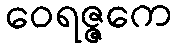
ဝေရဇ္ဇကေ